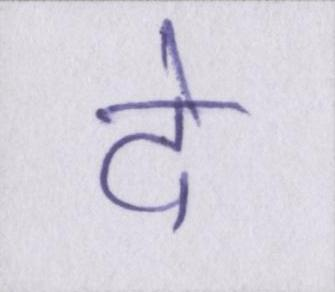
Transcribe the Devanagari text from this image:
दे